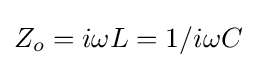
Z_{o}=i\omega L=1/i\omega C